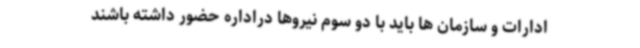
ادارات و سازمان ها باید با دو سوم نیروها دراداره حضور داشته باشند